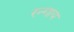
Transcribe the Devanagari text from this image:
रन्गाय